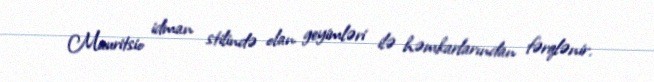
Mauritsio idman stilində olan geyimləri ilə həmkarlarından fərqlənir.